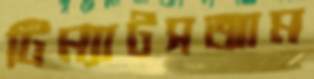
টিম্যাটসআম